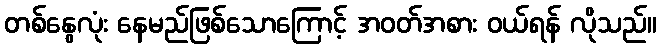
တစ်နွေလုံး နေမည်ဖြစ်သောကြောင့် အဝတ်အစား ဝယ်ရန် လိုသည်။